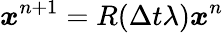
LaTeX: \boldsymbol{x}^{n+1}=R(\Delta t\lambda)\boldsymbol{x}^{n}